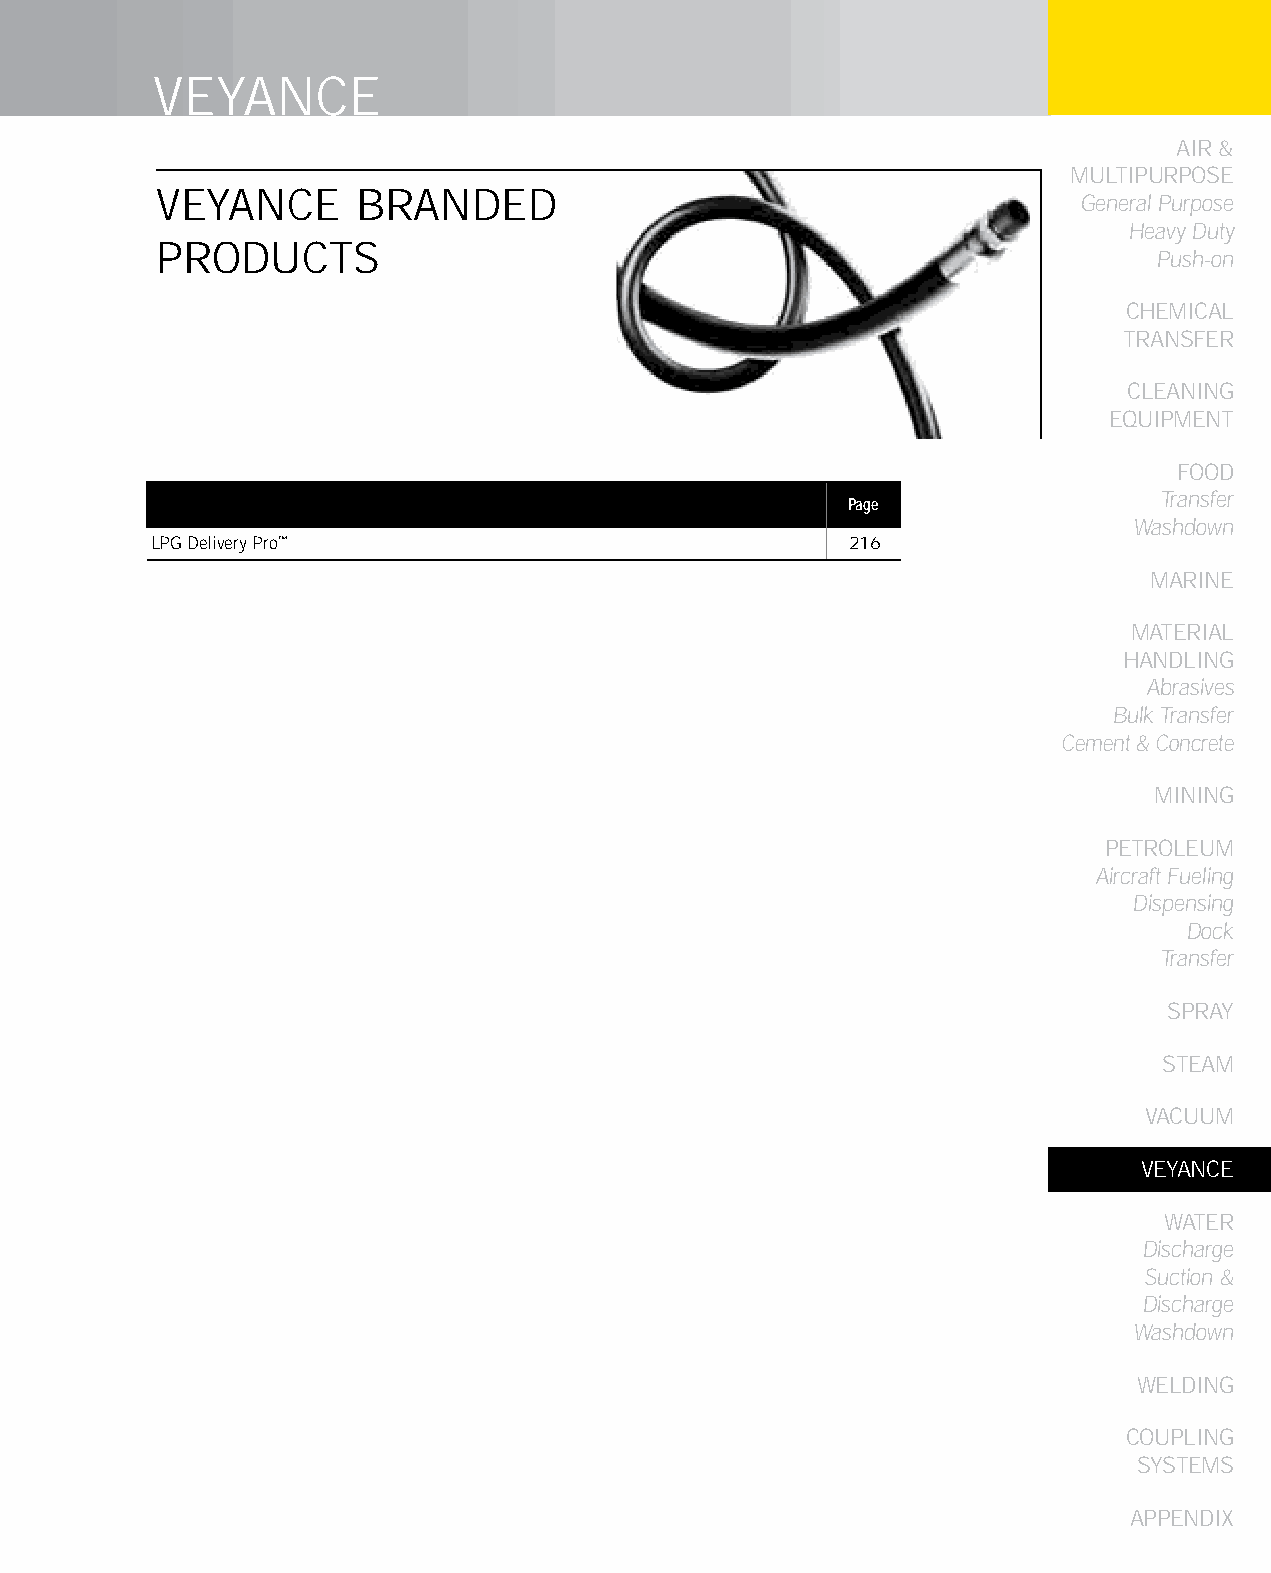
VEYANCE
 AIR &
 MULTIPURPOSE
 VEYANCE       BRANDED
 General Purpose
 Heavy Duty
 PRODUCTS
 Push-on
 CHEMICAL
 TRANSFER
 CLEANING
 EqUIPMENT
 FOOD
 Transfer
 Page
 Washdown
 LPG Delivery Pro™                             216
 MARINE
 MATERIAL
 HANDLING
 Abrasives
 Bulk Transfer
 Cement & Concrete
 MINING
 PETROLEUM
 Aircraft Fueling
 Dispensing
 Dock
 Transfer
 SPRAY
 STEAM
 VACUUM
 VEYANCE
 WATER
 Discharge
 Suction &
 Discharge
 Washdown
 WELDING
 COUPLING
 SYSTEMS
 APPENDIX
 215